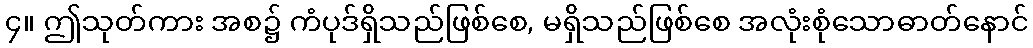
၄။ ဤသုတ်ကား အစ၌ ကံပုဒ်ရှိသည်ဖြစ်စေ, မရှိသည်ဖြစ်စေ အလုံးစုံသောဓာတ်နောင်